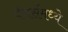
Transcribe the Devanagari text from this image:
पँथर्समध्ये